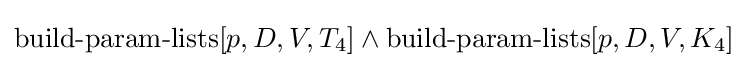
\operatorname {build-param-lists} [p,D,V,T_{4}]\land \operatorname {build-param-lists} [p,D,V,K_{4}]